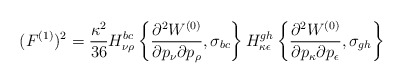
\begin{align*}(F^{(1)})^2=\frac{\kappa^2}{36}H_{\nu\rho}^{bc}\left\{\frac{\partial^2 W^{(0)}}{\partial p_\nu\partial p_\rho},\sigma_{bc}\right\}H_{\kappa\epsilon}^{gh}\left\{\frac{\partial^2 W^{(0)}}{\partial p_\kappa\partial p_\epsilon},\sigma_{gh}\right\}\end{align*}